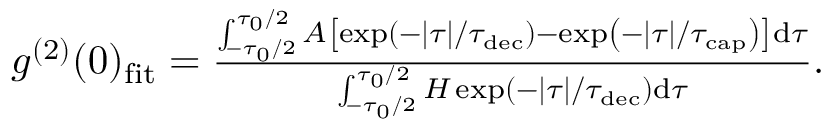
\begin{array} { r } { g ^ { ( 2 ) } ( 0 ) _ { \mathrm { f i t } } = \frac { \int _ { - \tau _ { 0 } / 2 } ^ { \tau _ { 0 } / 2 } A \left[ \exp \left( - | \tau | / \tau _ { \mathrm { d e c } } \right) - \exp \left( - | \tau | / \tau _ { \mathrm { c a p } } \right) \right] \mathrm { d } \tau } { \int _ { - \tau _ { 0 } / 2 } ^ { \tau _ { 0 } / 2 } H \exp \left( - | \tau | / \tau _ { \mathrm { d e c } } \right) \mathrm { d } \tau } . } \end{array}